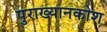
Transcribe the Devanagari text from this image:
पुराख्यानकोश